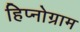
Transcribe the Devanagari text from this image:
हिप्नोग्राम